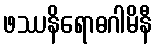
ဖဿနိရောဓဂါမိနီ